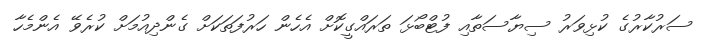
ސަރުކާރުގެ ކުޅިވަރު ސިޔާސަތާއި ފުޓްބޯޅަ ތަރައްގީކޮށް އެހެން ހަރުފަތަކަށް ގެންދިއުމަށް ކުރެވޭ އެންމެހާ